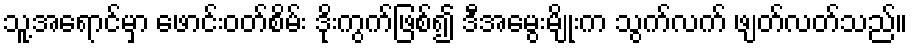
သူ့အရောင်မှာ ဖောင်းဝတ်စိမ်း ဒိုးကွက်ဖြစ်၍ ဒီအမွေးမျိုးက သွက်လက် ဖျတ်လတ်သည်။